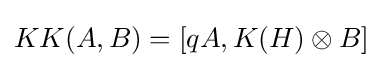
KK(A,B)=[qA,K(H)\otimes B]